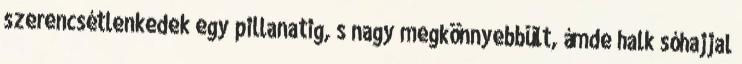
szerencsétlenkedek egy pillanatig, s nagy megkönnyebbült, ámde halk sóhajjal